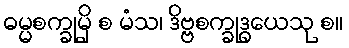
ဓမ္မစက္ခုမှိ စ မံသ၊ ဒိဗ္ဗစက္ခုဒွယေသု စ။